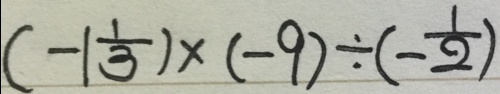
( - 1 \frac { 1 } { 3 } ) \times ( - 9 ) \div ( - \frac { 1 } { 2 } )